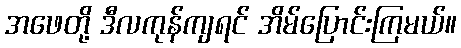
အဖေတို့ ဒီလကုန်ကျရင် အိမ်ပြောင်းကြမယ်။